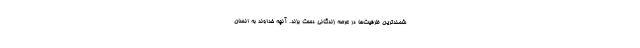
شمندترین‌ ظرفیت‌ها در عرصه زندگانی دست بزند. آنچه خداوند به انسان